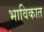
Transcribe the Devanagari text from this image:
भाविकात